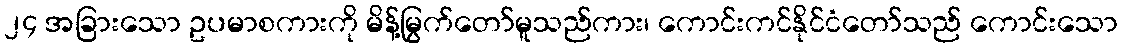
၂၄ အခြားသော ဥပမာစကားကို မိန့်မြွက်တော်မူသည်ကား၊ ကောင်းကင်နိုင်ငံတော်သည် ကောင်းသော